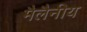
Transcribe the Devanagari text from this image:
मैलैनीय